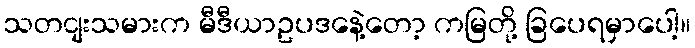
သတငျးသမားက မီဒီယာဥပဒနေဲ့တော့ ကမြတို့ ခြပေရမှာပေါ့။